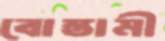
বোস্তামী